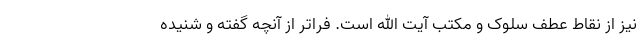
نیز از نقاط عطف سلوک و مکتب آیت الله است. فراتر از آنچه گفته و شنیده